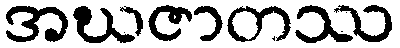
အဃဇာတဿ